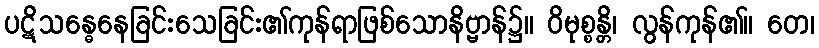
ပဋိသန္ဓေနေခြင်းသေခြင်း၏ကုန်ရာဖြစ်သောနိဗ္ဗာန်၌။ ဝိမုစ္စန္တိ၊ လွန်ကုန်၏။ တေ၊